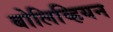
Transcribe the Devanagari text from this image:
बोलिव्हियन